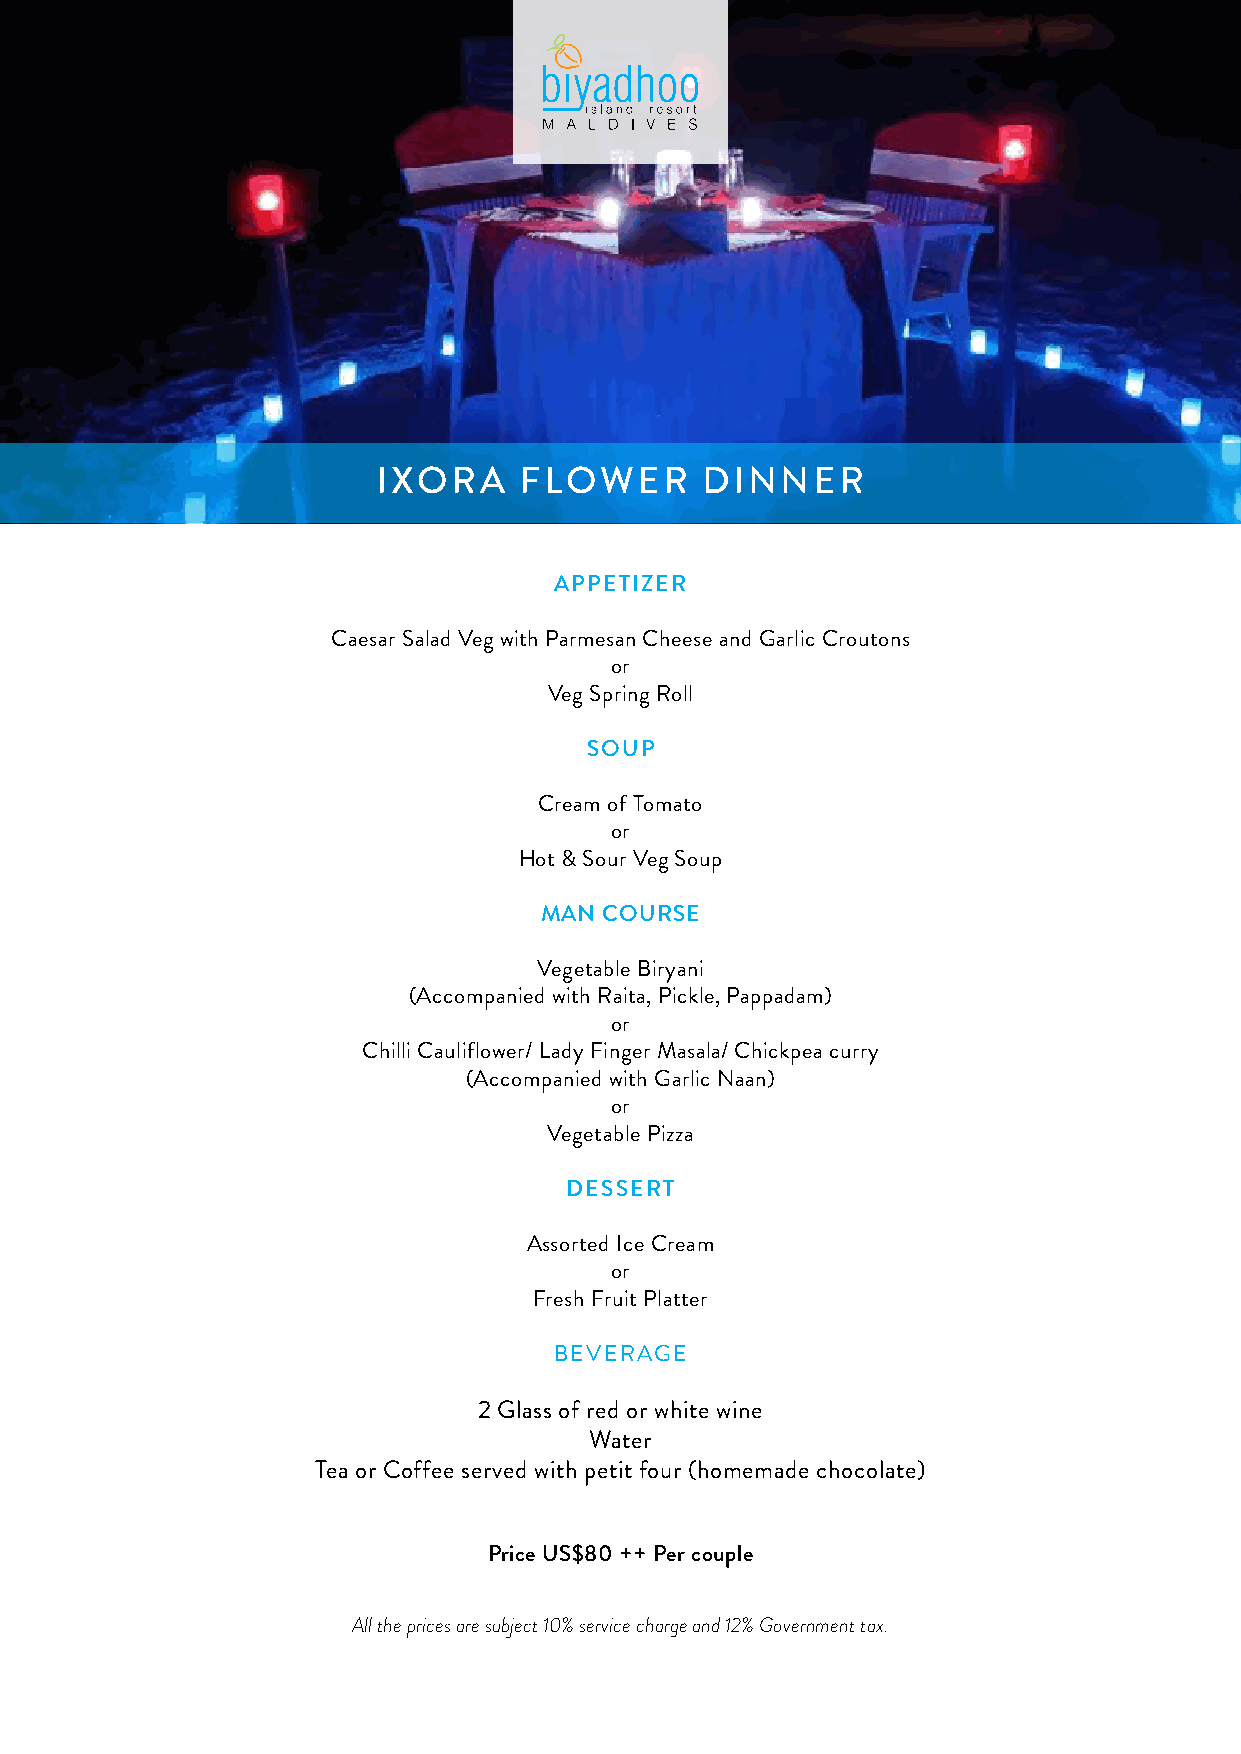
IXORA    FLOWER      DINNER
 APPETIZER
 Caesar Salad Veg with Parmesan Cheese and Garlic Croutons
 or
 Veg Spring Roll
 SOUP
 Cream of Tomato
 or
 Hot & Sour Veg Soup
 MAN COURSE
 Vegetable Biryani
 (Accompanied with Raita, Pickle, Pappadam)
 or
 Chilli Cauliflower/ Lady Finger Masala/ Chickpea curry
 (Accompanied with Garlic Naan)
 or
 Vegetable Pizza
 DESSERT
 Assorted Ice Cream
 or
 Fresh Fruit Platter
 BEVERAGE
 2 Glass of red or white wine
 Water
 Tea or Coffee served with petit four (homemade chocolate)
 Price US$80 ++ Per couple
 All the prices are subject 10% service charge and 12% Government tax.